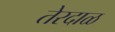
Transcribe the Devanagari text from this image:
तेरदाळ